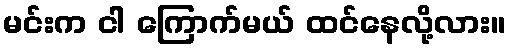
မင်းက ငါ ကြောက်မယ် ထင်နေလို့လား။